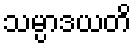
သမ္ပာဒယတိ